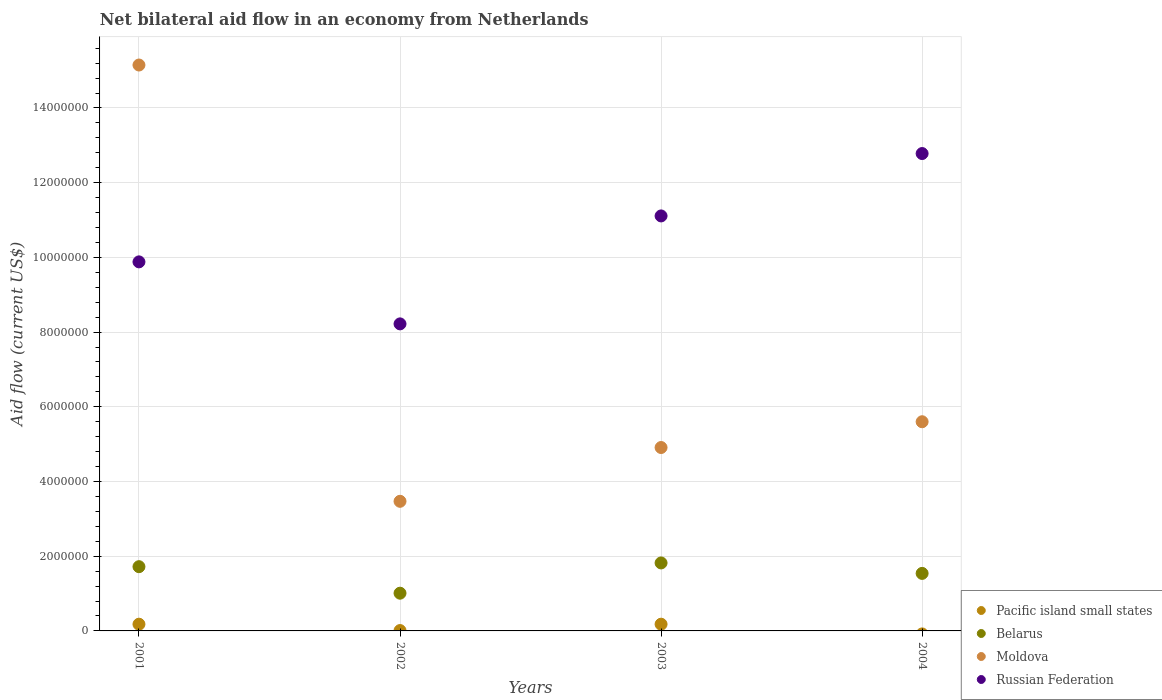
| Years | Pacific island small states | Belarus | Moldova | Russian Federation |
 | --- | --- | --- | --- | --- |
 | 2001 | 1.8e+05 | 1.72e+06 | 1.52e+07 | 9.88e+06 |
 | 2002 | 1e+04 | 1.01e+06 | 3.47e+06 | 8.22e+06 |
 | 2003 | 1.8e+05 | 1.82e+06 | 4.91e+06 | 1.11e+07 |
 | 2004 | -8e+04 | 1.54e+06 | 5.6e+06 | 1.28e+07 |